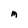
Character: M